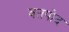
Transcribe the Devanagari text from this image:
वतपोद